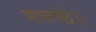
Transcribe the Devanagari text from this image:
भालचंद्रे।।